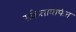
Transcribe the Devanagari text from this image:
संकेतांमार्फत